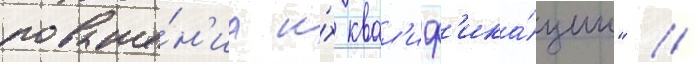
повыше́н'иа и́х квал'иф'ика́ции" //